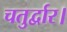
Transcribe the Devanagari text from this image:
चतुर्द्वार।